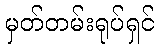
မှတ်တမ်းရုပ်ရှင်